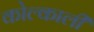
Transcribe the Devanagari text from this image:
कोल्काली